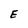
Character: E